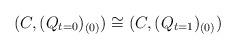
LaTeX: \begin{align*}(C,(Q_{t=0})_{(0)})\cong (C,(Q_{t=1})_{(0)})\end{align*}